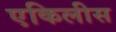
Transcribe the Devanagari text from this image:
एकिलीस